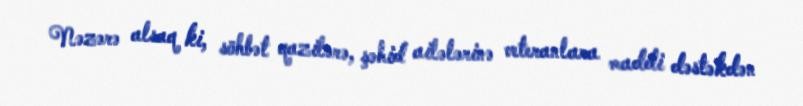
Nəzərə alsaq ki, söhbət qazilərə, şəhid ailələrinə veteranlara maddi dəstəkdən